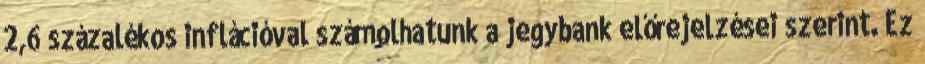
2,6 százalékos inflációval számolhatunk a jegybank előrejelzései szerint. Ez